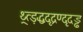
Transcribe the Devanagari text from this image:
थ्र्त्ड़द्धदृद्रण्दृदड्ढ